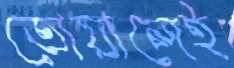
তোয়ালেই